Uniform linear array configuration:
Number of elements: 32
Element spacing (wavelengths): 0.25
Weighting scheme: uniform
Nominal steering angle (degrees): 15
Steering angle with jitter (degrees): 14.658
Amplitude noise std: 0.05
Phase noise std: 0.05

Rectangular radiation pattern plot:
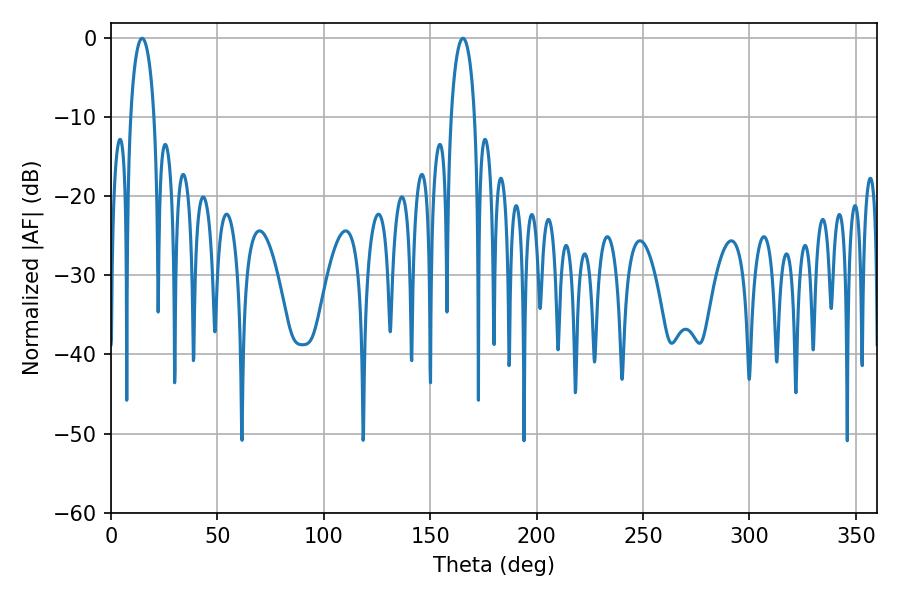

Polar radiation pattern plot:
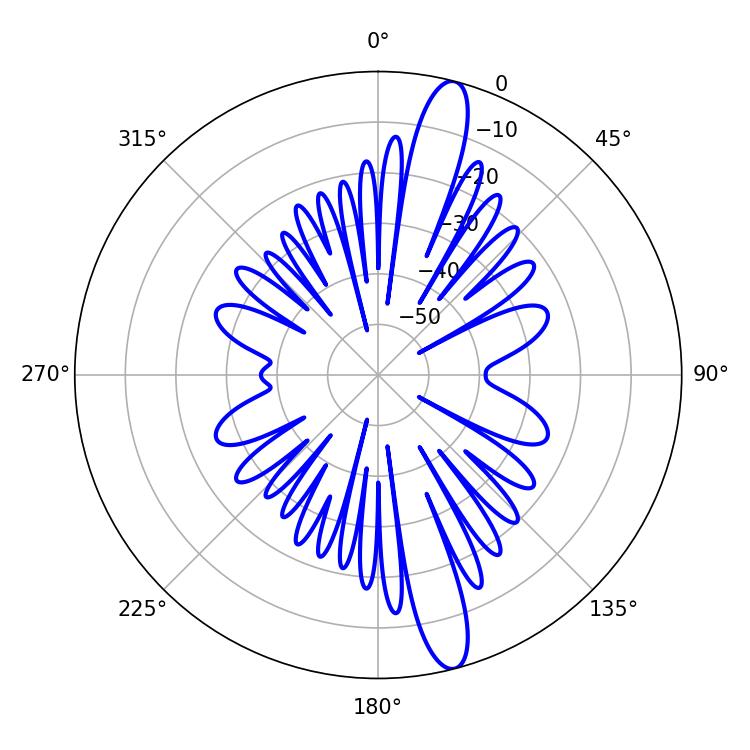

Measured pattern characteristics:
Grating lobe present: FALSE
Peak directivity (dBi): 14.922
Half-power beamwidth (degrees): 6.3
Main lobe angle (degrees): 14.58